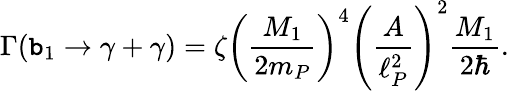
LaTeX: \Gamma(\mathtt{b}_{1}\to\gamma+\gamma)=\zeta\left({\frac{{M_{1}}}{{2m_{P}}}}\right)^{4}\left({\frac{{A}}{{\ell_{P}^{2}}}}\right)^{2}{\frac{{M_{1}}}{{2\hbar}}}.